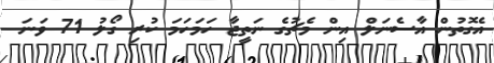
އެގޮތުން އާސެނަލް އިން މެޗުގެ ނަތީޖާ ހަމަހަމަ ކުރި ގޯލު 71 ވަނަ